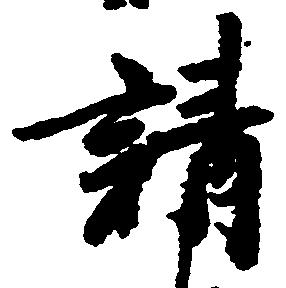
請